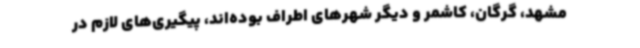
مشهد، گرگان، کاشمر و دیگر شهرهای اطراف بوده‌اند، پیگیری‌های لازم در